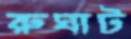
রুঘাট